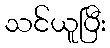
သင်ယူပြီး